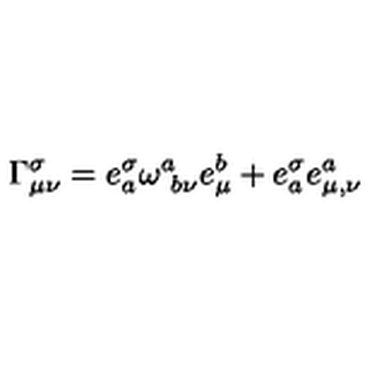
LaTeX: \Gamma _ { \mu \nu } ^ { \sigma } = e _ { a } ^ { \sigma } \omega _ { \ b \nu } ^ { a } e _ { \mu } ^ { b } + e _ { a } ^ { \sigma } e _ { \mu , \nu } ^ { a }